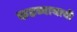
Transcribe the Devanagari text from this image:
कडव्याचाची